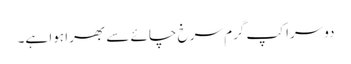
دوسرا کپ گرم سرخ چائے سے بھرا ہوا ہے۔